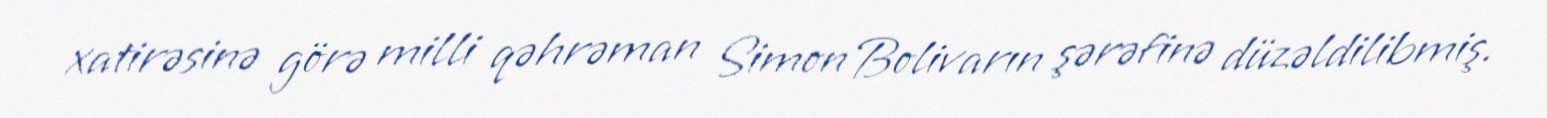
xatirəsinə görə milli qəhrəman Simon Bolivarın şərəfinə düzəldilibmiş.